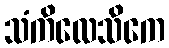
သံကိလေသိကေ